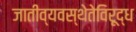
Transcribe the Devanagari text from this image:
जातीव्यवस्थेतेविरूद्ध